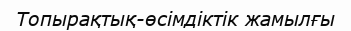
Топырақтық-өсімдіктік жамылғы